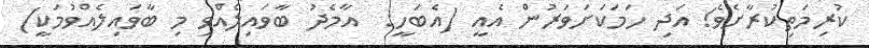
ކުރިމަތިކުރާށެވެ! އަދި ހަމަކަށަވަރުން އެއީ (އެބަހީ:  އާމެދު ބާވައިލެއްވި މި ބާވައިލެއްވުމަކީ)